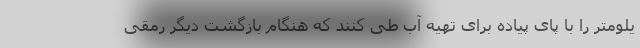
یلومتر را با پای پیاده برای تهیه آب طی کنند که هنگام بازگشت دیگر رمقی